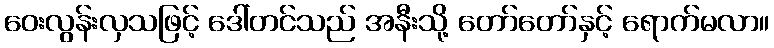
ဝေးလွန်းလှသဖြင့် ဒေါ်တင်သည် အနီးသို့ တော်တော်နှင့် ရောက်မလာ။